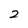
Character: 2